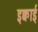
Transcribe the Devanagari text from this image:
इक्वाई